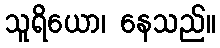
သူရိယော၊ နေသည်။